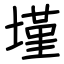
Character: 墐